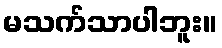
မသက်သာပါဘူး။